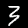
Label: 3